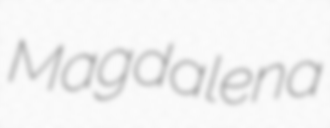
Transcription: Magdalena